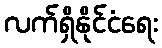
လက်ရှိနိုင်ငံရေး